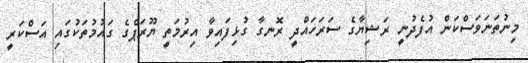
މިނުތަނަވަސްކަން އުފެދުނީ ރަޝިޔާގެ ސަރަހައްދީ ރޮނގާ ގުޅިފައިވާ އިރުމަތީ ޔޫރަޕްގެ ގައުމުތަކުގައި އަސްކަރީ